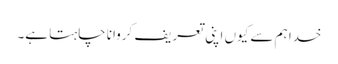
خدا ہم سے کیوں اپنی تعریف کروانا چاہتا ہے۔